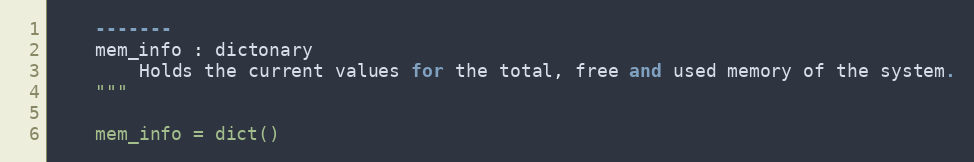
Language: Python
    -------
    mem_info : dictonary
        Holds the current values for the total, free and used memory of the system.
    """

    mem_info = dict()